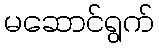
မဆောင်ရွက်